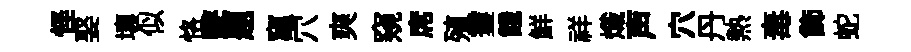
怪娶壤似恪鼕題𥧄穴爽窺席殖䨥餓鮮祥熾声穴丹熱毒飾蛇